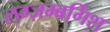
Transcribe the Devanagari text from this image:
लग्ज़म्बर्गिश